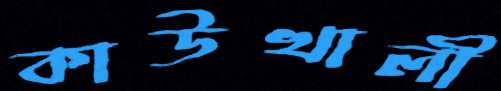
কাউখালী